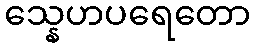
သ္နေဟပရေတော